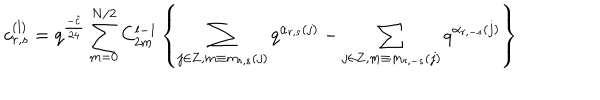
c _ { r , s } ^ { ( l ) } = q ^ { \frac { - \hat { c } } { 2 4 } } \sum _ { m = 0 } ^ { N / 2 } C _ { 2 m } ^ { l - 1 } \left\{ \sum _ { j \in { \bf Z } , m \equiv m _ { r , s } ( j ) } q ^ { \alpha _ { r , s } ( j ) } - \sum _ { j \in { \bf Z } , m \equiv m _ { r , - s } ( j ) } q ^ { \alpha _ { r , - s } ( j ) } \right\}